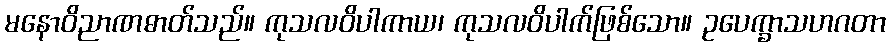
မနောဝိညာဏဓာတ်သည်။ ကုသလဝိပါကာယ၊ ကုသလဝိပါက်ဖြစ်သော။ ဥပေက္ခာသဟဂတာ